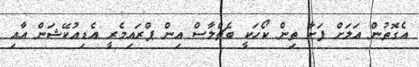
އެގޮތުން އަލަށް ފަށާ ތިން ކޯހަކީ ބެޗްލާސް އިން ޕްރައިމެރީ އެޑިއުކޭޝަން އާއި